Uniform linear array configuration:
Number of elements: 4
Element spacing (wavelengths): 1
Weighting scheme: hann
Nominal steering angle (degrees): -30
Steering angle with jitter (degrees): -28.706
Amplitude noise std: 0.05
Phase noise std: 0.05

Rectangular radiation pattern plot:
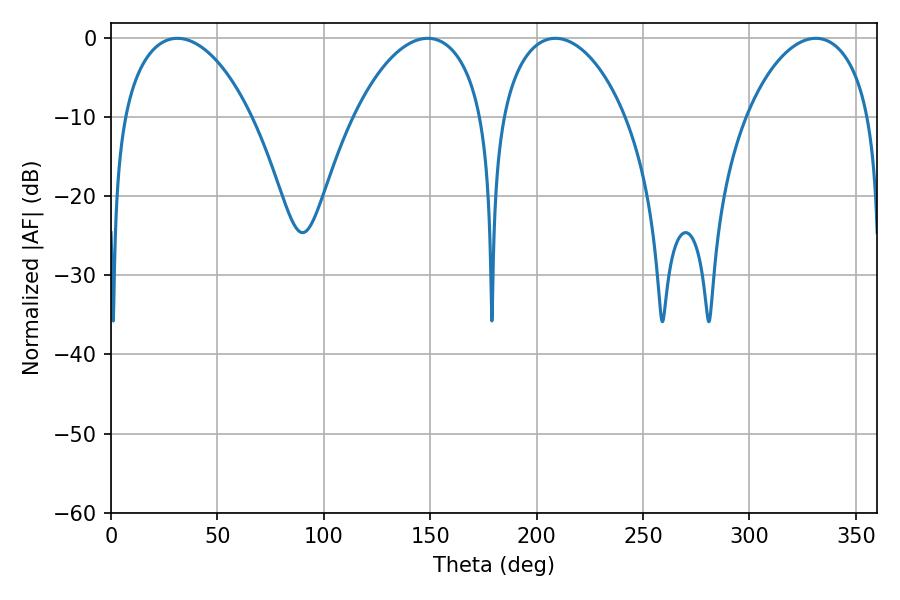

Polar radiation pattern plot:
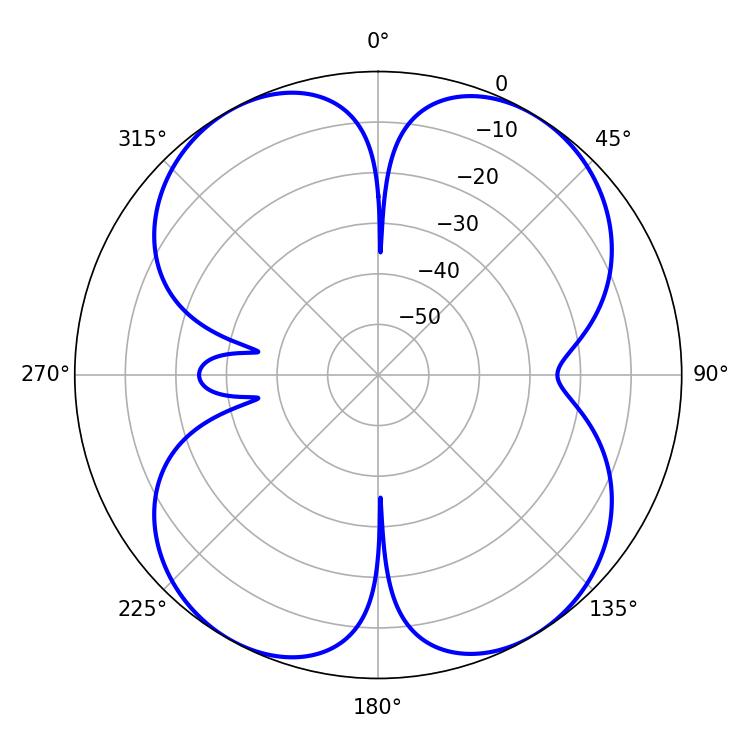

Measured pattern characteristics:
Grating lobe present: TRUE
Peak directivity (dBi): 14.225
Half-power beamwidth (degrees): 33.48
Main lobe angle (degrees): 208.8